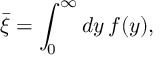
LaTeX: \bar { \xi } = \int _ { 0 } ^ { \infty } d y \, f ( y ) ,